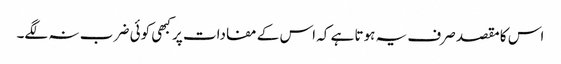
اس کا مقصد صرف یہ ہوتا ہے کہ اس کے مفادات پر کبھی کوئی ضر ب نہ لگے۔